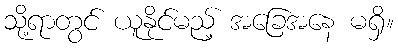
သို့ရာတွင် ယူနိုင်မည့် အခြေအနေ မရှိ။